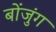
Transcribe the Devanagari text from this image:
बोंजुंग